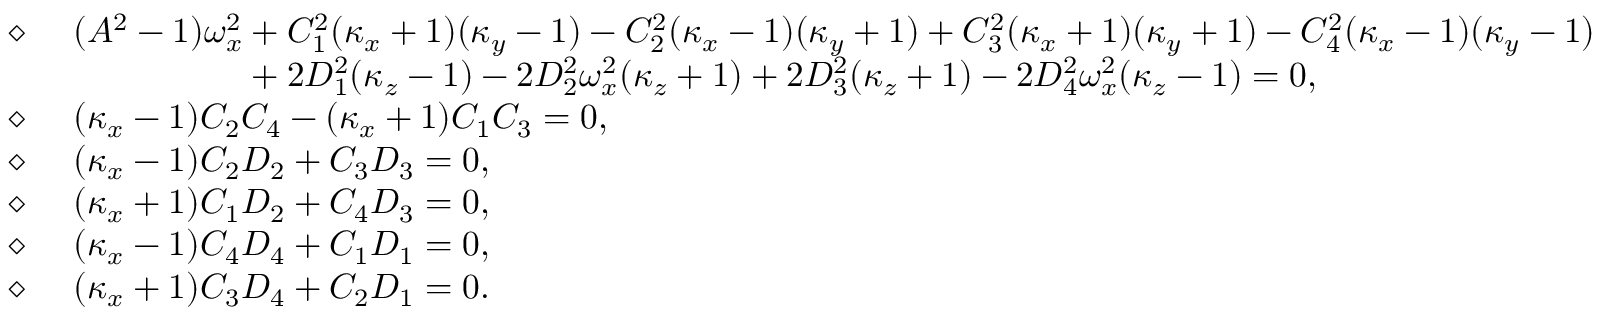
\begin{array} { r l } { \diamond \mathrm { ~ } } & { ( A ^ { 2 } - 1 ) \omega _ { x } ^ { 2 } + C _ { 1 } ^ { 2 } ( \kappa _ { x } + 1 ) ( \kappa _ { y } - 1 ) - C _ { 2 } ^ { 2 } ( \kappa _ { x } - 1 ) ( \kappa _ { y } + 1 ) + C _ { 3 } ^ { 2 } ( \kappa _ { x } + 1 ) ( \kappa _ { y } + 1 ) - C _ { 4 } ^ { 2 } ( \kappa _ { x } - 1 ) ( \kappa _ { y } - 1 ) } \\ & { \phantom { ( A ^ { 2 } - 1 ) \omega _ { x } ^ { 2 } } + 2 D _ { 1 } ^ { 2 } ( \kappa _ { z } - 1 ) - 2 D _ { 2 } ^ { 2 } \omega _ { x } ^ { 2 } ( \kappa _ { z } + 1 ) + 2 D _ { 3 } ^ { 2 } ( \kappa _ { z } + 1 ) - 2 D _ { 4 } ^ { 2 } \omega _ { x } ^ { 2 } ( \kappa _ { z } - 1 ) = 0 , } \\ { \diamond \mathrm { ~ } } & { ( \kappa _ { x } - 1 ) C _ { 2 } C _ { 4 } - ( \kappa _ { x } + 1 ) C _ { 1 } C _ { 3 } = 0 , } \\ { \diamond \mathrm { ~ } } & { ( \kappa _ { x } - 1 ) C _ { 2 } D _ { 2 } + C _ { 3 } D _ { 3 } = 0 , } \\ { \diamond \mathrm { ~ } } & { ( \kappa _ { x } + 1 ) C _ { 1 } D _ { 2 } + C _ { 4 } D _ { 3 } = 0 , } \\ { \diamond \mathrm { ~ } } & { ( \kappa _ { x } - 1 ) C _ { 4 } D _ { 4 } + C _ { 1 } D _ { 1 } = 0 , } \\ { \diamond \mathrm { ~ } } & { ( \kappa _ { x } + 1 ) C _ { 3 } D _ { 4 } + C _ { 2 } D _ { 1 } = 0 . } \end{array}